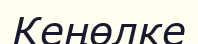
Кеңөлке